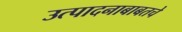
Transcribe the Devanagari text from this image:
उत्पादनाबाबतचे